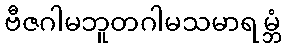
ဗီဇဂါမဘူတဂါမသမာရမ္ဘံ